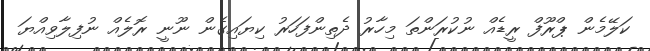
ކަލޭމެން ޕްރޫފް ރީޑެއް ނުކުރަންތަ މިހާރު ދެތިންފަހަރު ކިޔައިގެން ނޫނީ ރޮލެއް ނުފިލާވިއްޔަ